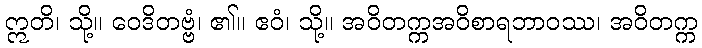
ဣတိ၊ သို့။ ဝေဒိတဗ္ဗံ၊ ၏။ ဧဝံ၊ သို့။ အဝိတက္ကအဝိစာရဘာဝဿ၊ အဝိတက္က